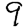
Digit: 9